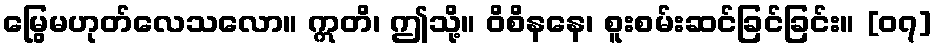
မြွေမဟုတ်လေသလော။ ဣတိ၊ ဤသို့။ ဝိစိနနေ၊ စူးစမ်းဆင်ခြင်ခြင်း။ [၀၇]